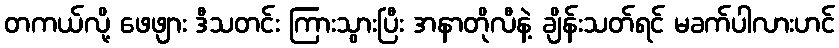
တကယ်လို့ ဖေဖျား ဒီသတင်း ကြားသွားပြီး အနာတိုလီနဲ့ ချိန်းသတ်ရင် မခက်ပါလားဟင်